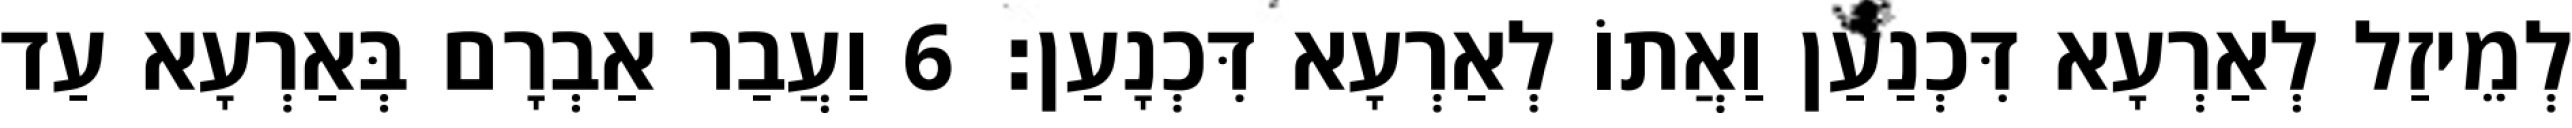
לְמֵיזַל לְאַרְעָא דִּכְנַעַן וַאֲתוֹ לְאַרְעָא דִּכְנָעַן׃ 6 וַעֲבַר אַבְרָם בְּאַרְעָא עַד